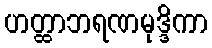
ဟတ္ထာဘရဏမုဒ္ဒိကာ